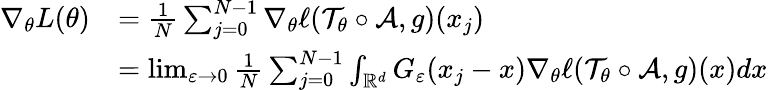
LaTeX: \begin{array}{rl}{\nabla_{\theta}L(\theta)}&{=\frac{1}{N}\sum_{j=0}^{N-1}\nabla_{\theta}\ell(\mathcal{T}_{\theta}\circ\mathcal A,g)(x_{j})}\\ &{=\operatorname*{lim}_{\varepsilon\rightarrow 0}\frac{1}{N}\sum_{j=0}^{N-1}\int_{\mathbb{R}^{d}}G_{\varepsilon}(x_{j}-x)\nabla_{\theta}\ell(\mathcal{T}_{\theta}\circ\mathcal A,g)(x)dx}\end{array}